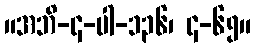
။အဘိ-၄-ပါ-၁၃၆၊ ၄-၆၅။